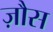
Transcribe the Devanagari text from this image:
ज़ौस